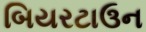
બિયરટાઉન